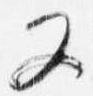
又